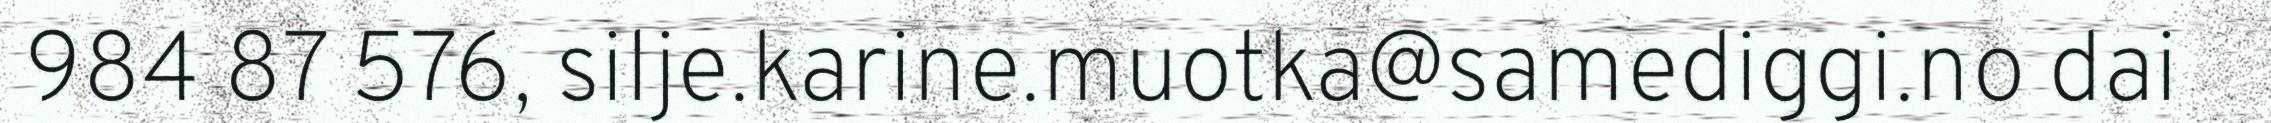
984 87 576, silje.karine.muotka@samediggi.no dai